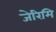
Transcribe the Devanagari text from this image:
जेरिमि